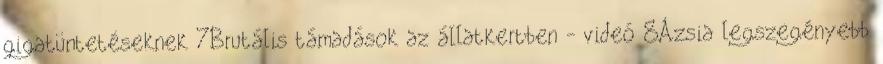
gigatüntetéseknek 7Brutális támadások az állatkertben - videó 8Ázsia legszegényebb